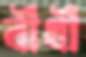
বীথী